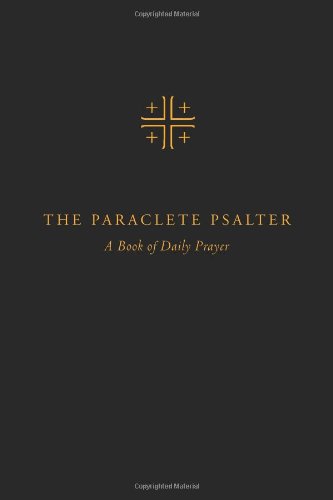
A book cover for The Paraclete Psalter: A Four-Week Cycle for Daily Prayer; Editors of Paraclete Press; Christian Books & Bibles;